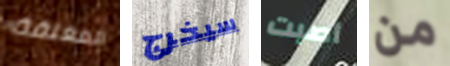
المغلقة سيخرج أصبت من